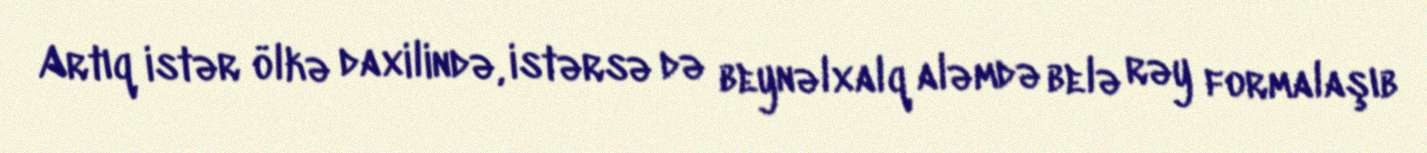
Artıq istər ölkə daxilində, istərsə də beynəlxalq aləmdə belə rəy formalaşıb